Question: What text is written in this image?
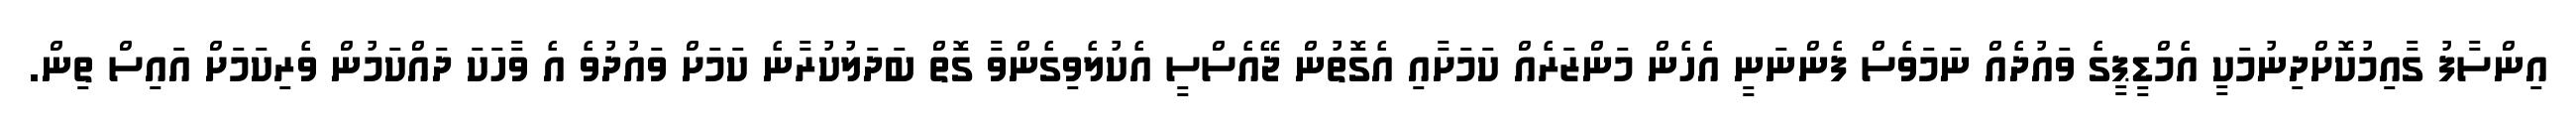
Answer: އިންސާފު ގާއިމުކޮށްދިނުމަކީ އެމްޑީޕީގެ ވައުދެއް ނަމަވެސް ފެންނަނީ އެހެން މަންޒަރެއް ކަމަށާއި އެގޮތުން ޖޭއެސްސީ އެކުލެވިގެންވާ ގޮތް ބަދަލުކުރާނެ ކަމަށް ވައުދުވެ އެ ވާހަކަ ދައްކަމުން ވެރިކަމަށް އައިސް ތިން.